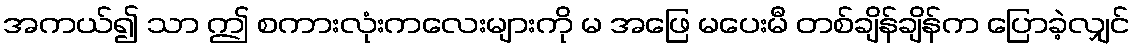
အကယ်၍ သာ ဤ စကားလုံးကလေးများကို မ အဖြေ မပေးမီ တစ်ချိန်ချိန်က ပြောခဲ့လျှင်